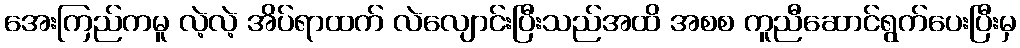
အေးကြည်ကမူ လဲ့လဲ့ အိပ်ရာထက် လဲလျောင်းပြီးသည်အထိ အစစ ကူညီဆောင်ရွက်ပေးပြီးမှ